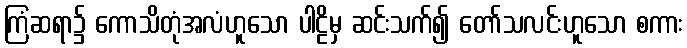
ကြံဆရာ၌ ကောသိတုံအလံဟူသော ပါဠိမှ ဆင်းသက်၍ တော်သလင်းဟူသော စကား